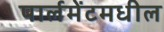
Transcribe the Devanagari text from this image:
पार्लमेंटमधील